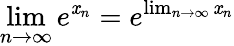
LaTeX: \operatorname*{lim}_{n\to\infty}e^{\mathit{x}_{n}}=e^{\operatorname*{lim}_{n\to\infty}\mathit{x}_{n}}